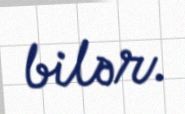
bilər.